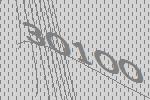
30100